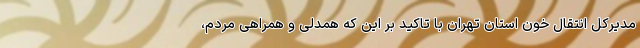
مدیرکل انتقال خون استان تهران با تاکید بر این که همدلی و همراهی مردم،